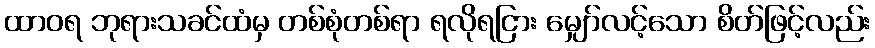
ထာဝရ ဘုရားသခင်ထံမှ တစ်စုံတစ်ရာ ရလိုရငြား မျှော်လင့်သော စိတ်ဖြင့်လည်း